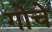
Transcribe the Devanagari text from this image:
गोचे